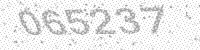
Solution: 065237